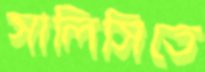
সালিসিতে